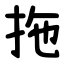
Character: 拖